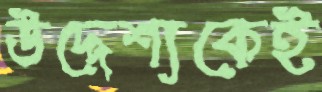
উদ্দেশ্যকেই